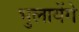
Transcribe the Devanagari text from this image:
भुलायेंगे